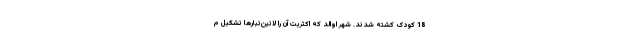
18 کودک کشته شدند. شهر اوالد که اکثریت آن را لاتین‌تبارها تشکیل م